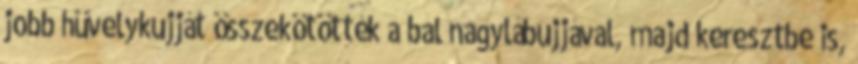
jobb hüvelykujját összekötötték a bal nagylábujjával, majd keresztbe is,